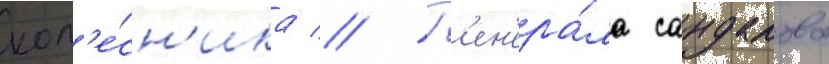
кол'е́сн'ика // Г'ен'ера́ла сандалова